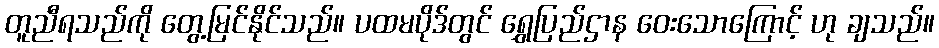
တူညီရသည်ကို တွေ့မြင်နိုင်သည်။ ပထမပိုဒ်တွင် ရွှေပြည်ဌာန ဝေးသောကြောင့် ဟု ချသည်။